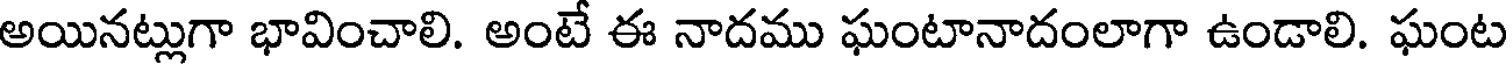
అయినట్లుగా భావించాలి. అంటే ఈ నాదము ఘంటానాదంలాగా ఉండాలి. ఘంట